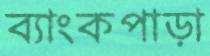
ব্যাংকপাড়া